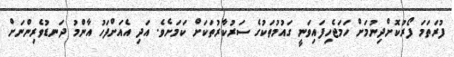
ފުރަތަމަ ފޯރުކޮށްދިނުމަށް ހަމަޖެހިފައިވަނީ ގައުމުތަކުގެ ސަރުކާރުތަކަށް ކަމަށެވެ. އަދި އެއަށްފަހު އާންމު ދަނޑުވެރިންނަށް